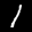
Label: 1